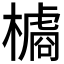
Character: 𱤞